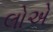
લોએ